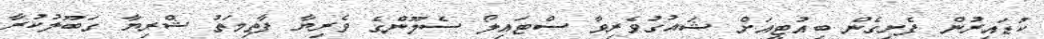
ކުޑައިރުން ފެށިގެން ބިއުޓީއަށް ޝައުގުވެރިވާ ސްޓައިލޯ ސެލޫންގެ ވެރިޔާ ފާތިމަތު ޝްރިޔާ ގަބޫލުކުރާ